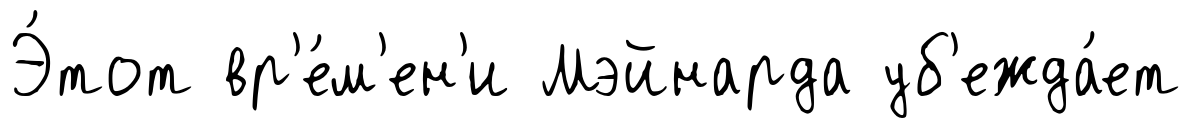
Э́тот вр'е́м'ен'и Мэйнарда уб'ежда́ет